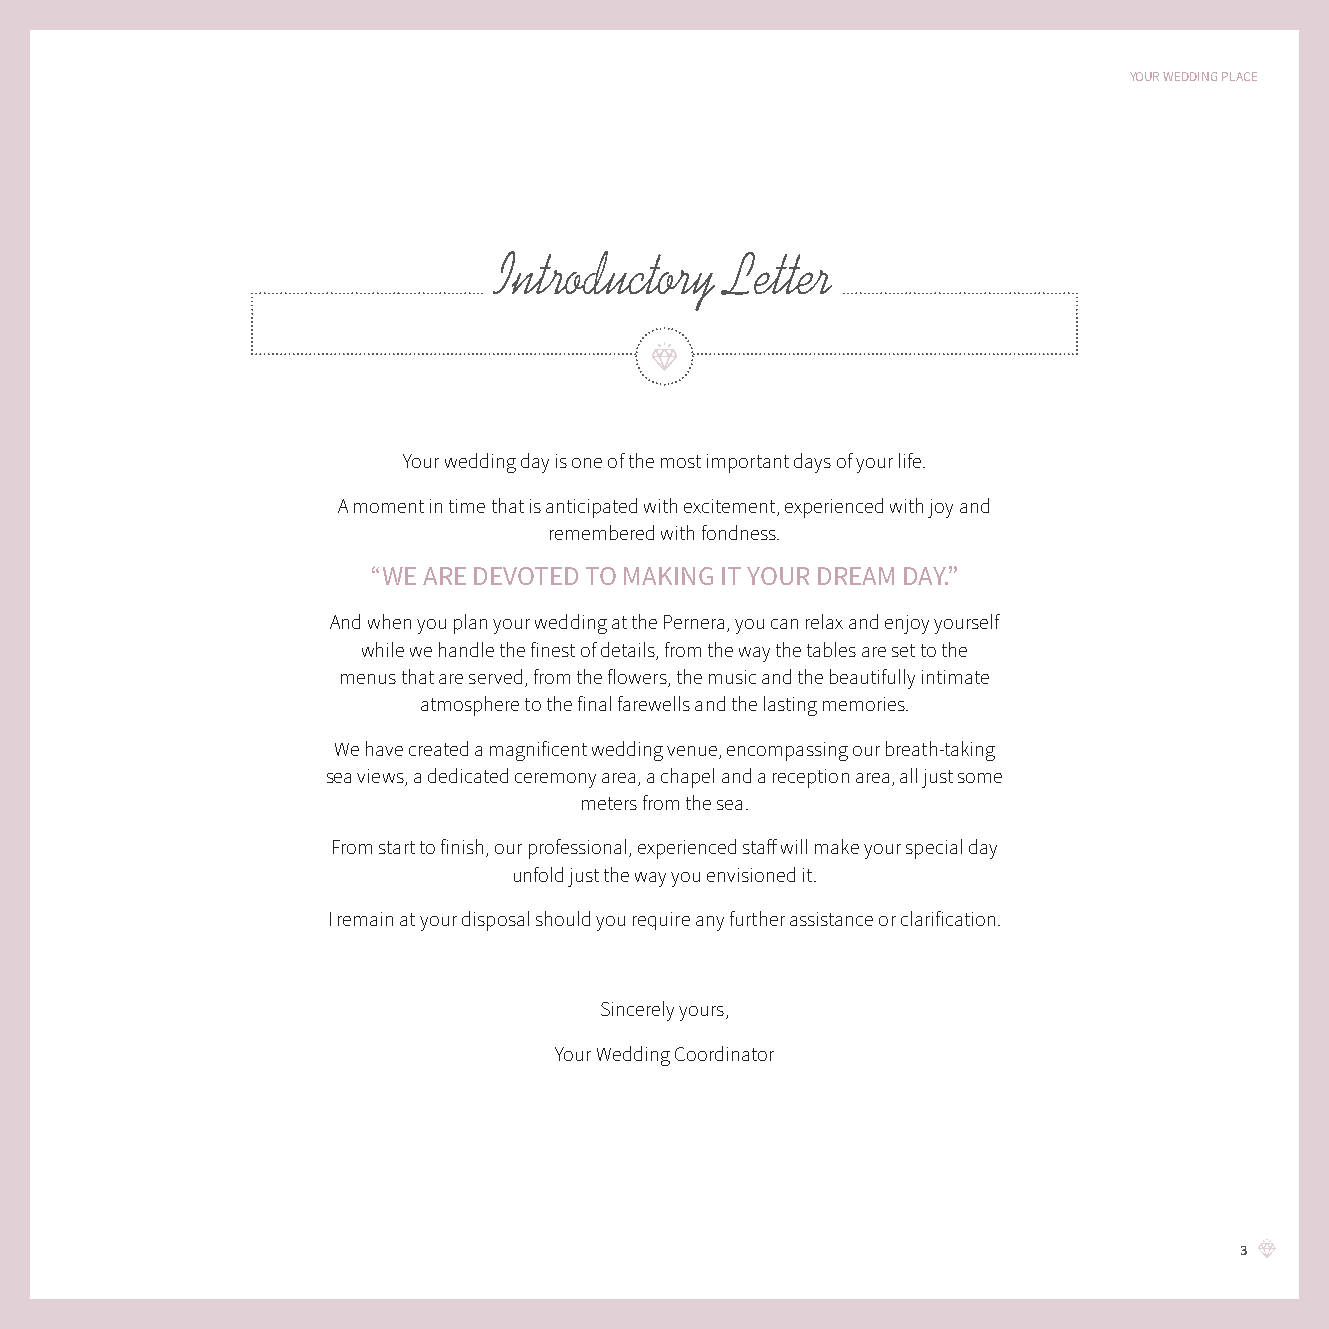
YOUR WEDDING PLACE
 Introductory   Letter
 Your wedding day is one of the most important days of your life.
 A moment in time that is anticipated with excitement, experienced with joy and
 remembered with fondness.
 “WE ARE DEVOTED TO MAKING IT YOUR DREAM DAY.”
 And when you plan your wedding at the Pernera, you can relax and enjoy yourself
 while we handle the finest of details, from the way the tables are set to the
 menus that are served, from the flowers, the music and the beautifully intimate
 atmosphere to the final farewells and the lasting memories.
 We have created a magnificent wedding venue, encompassing our breath-taking
 sea views, a dedicated ceremony area, a chapel and a reception area, all just some
 meters from the sea.
 From start to finish, our professional, experienced staff will make your special day
 unfold just the way you envisioned it.
 I remain at your disposal should you require any further assistance or clarification.
 Sincerely yours,
 Your Wedding Coordinator
 3